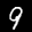
Label: 9